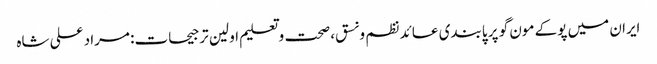
ایران میں پوکے مون گو پر پابندی عائد	 نظم و نسق، صحت و تعلیم اولین ترجیحات: مراد علی شاہ